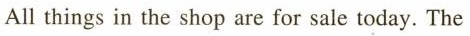
All things in the shop are for sale today. The